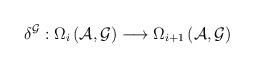
\begin{align*}\delta ^{\mathcal{G}}:\Omega _{i}\left( \mathcal{A},\mathcal{G}\right)\longrightarrow \Omega _{i+1}\left( \mathcal{A},\mathcal{G}\right)\end{align*}